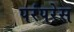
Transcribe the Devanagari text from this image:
परंपरेस